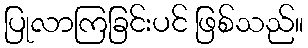
ပြုလာကြခြင်းပင် ဖြစ်သည်။